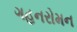
ગહનરોમન